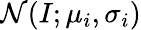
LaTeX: \mathcal{N}(I;\mu_{i},\sigma_{i})